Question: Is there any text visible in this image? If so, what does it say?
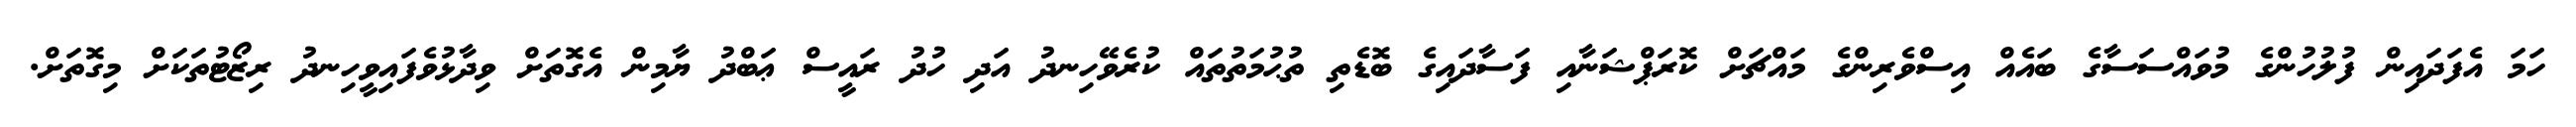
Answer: ހަމަ އެފަދައިން ފުލުހުންގެ މުވައްސަސާގެ ބައެއް އިސްވެރިންގެ މައްޗަށް ކޮރަޕްޝަނާއި ފަސާދައިގެ ބޮޑެތި ތުޙުމަތުތައް ކުރެވޭހިނދު އަދި ހުދު ރައީސް ޢަބްދު ޔާމިން އެގޮތަށް ވިދާޅުވެފައިވީހިނދު ރިޒޯޓުތަކަށް މިގޮތަށް.